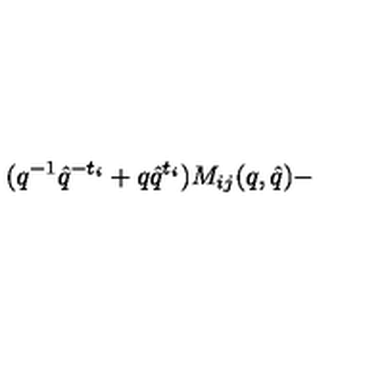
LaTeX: ( q ^ { - 1 } \hat { q } ^ { - t _ { i } } + q \hat { q } ^ { t _ { i } } ) M _ { i j } ( q , \hat { q } ) -